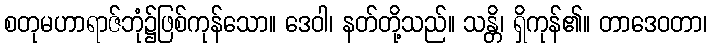
စတုမဟာရာဇ်ဘုံ၌ဖြစ်ကုန်သော။ ဒေဝါ၊ နတ်တို့သည်။ သန္တိ၊ ရှိကုန်၏။ တာဒေဝတာ၊